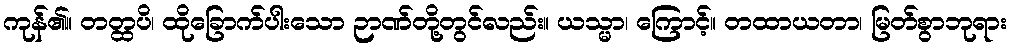
ကုန်၏။ တတ္ထပိ၊ ထိုခြောက်ပါးသော ဉာဏ်တို့တွင်လည်း။ ယသ္မာ၊ ကြောင့်။ တထာယတာ၊ မြတ်စွာဘုရား